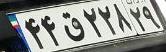
۴۴ق۲۲۸۲۹